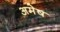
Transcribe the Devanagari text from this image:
अमेष